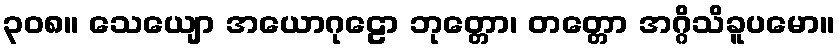
၃၀၈။ သေယျော အယောဂုဠော ဘုတ္တော၊ တတ္တော အဂ္ဂိသိခူပမော။